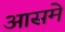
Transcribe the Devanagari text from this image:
आसमे